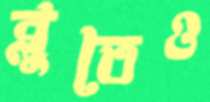
ব্লুতেও